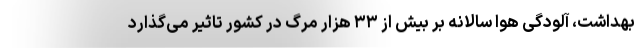
بهداشت، آلودگی هوا سالانه بر بیش از ۳۳ هزار مرگ در کشور تاثیر می‌گذارد